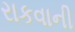
રાકવાની